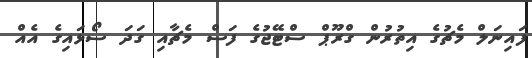
ފައިނަލް މެޗުގެ އިތުރުން ގްރޫޕް ސްޓޭޖުގެ ފަސް މެޗާއި ގަދަ ސޯޅައިގެ އެއް